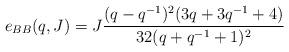
LaTeX: \begin{align*}e_{BB} (q,J) = J \frac{(q - q^{-1})^2 (3q + 3q^{-1}+ 4)}{32 (q + q^{-1} + 1)^2} \end{align*}